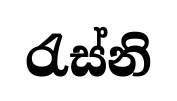
රැස්නි